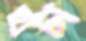
হাটা